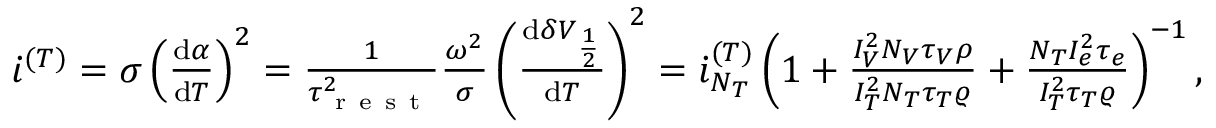
\begin{array} { r } { \dot { \iota } ^ { ( T ) } = \sigma \left( \frac { \mathrm { d } \alpha } { \mathrm { d } T } \right) ^ { 2 } = \frac { 1 } { \tau _ { \mathrm { ~ r ~ e ~ s ~ t ~ } } ^ { 2 } } \frac { \omega ^ { 2 } } { \sigma } \left( \frac { \mathrm { d } \delta V _ { \frac { 1 } { 2 } } } { \mathrm { d } T } \right) ^ { 2 } = \dot { \i } _ { N _ { T } } ^ { ( T ) } \left( 1 + \frac { I _ { V } ^ { 2 } N _ { V } \tau _ { V } \rho } { I _ { T } ^ { 2 } N _ { T } \tau _ { T } \varrho } + \frac { N _ { T } I _ { e } ^ { 2 } \tau _ { e } } { I _ { T } ^ { 2 } \tau _ { T } \varrho } \right) ^ { - 1 } , } \end{array}